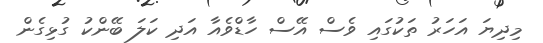
މިދިޔަ އަހަރު ތަކުގައި ވެސް އޭސް ހާޑްވެއާ އަދި ކަލަ ބޭންކު ގުޅިގެން